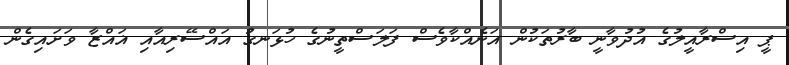
ޕީ އިސްރާއީލުގެ އުދުވާނީ ބާރުތަކުން އަނެއްކާވެސް ފަލަސްތީނުގެ ހުޅަނގު އައްސޭރިއާއި ޣައްޒާ ވަށައިގެން